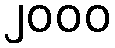
၂၀၀၀